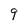
Character: 9